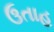
ઉતાહ